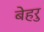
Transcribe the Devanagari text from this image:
बेहरु